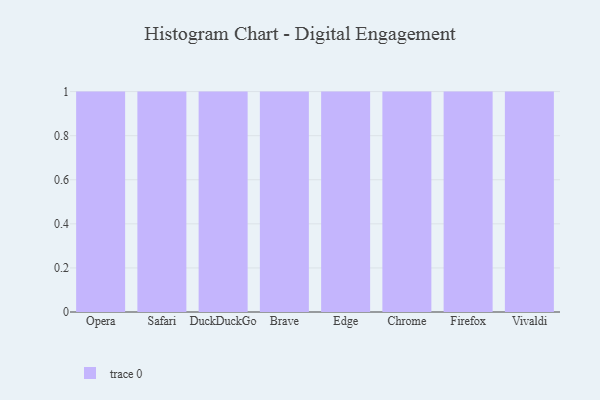
{"axis": {"x": "Browser", "y": "Active Users"}, "legend": [""], "data": [{"x": "Opera", "y": 43, "type": ""}, {"x": "Safari", "y": 69, "type": ""}, {"x": "DuckDuckGo", "y": 48, "type": ""}, {"x": "Brave", "y": 20, "type": ""}, {"x": "Edge", "y": 99, "type": ""}, {"x": "Chrome", "y": 80, "type": ""}, {"x": "Firefox", "y": 82, "type": ""}, {"x": "Vivaldi", "y": 63, "type": ""}]}